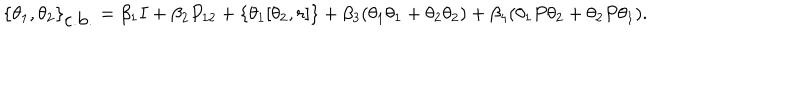
\{ \theta _ { 1 } , \theta _ { 2 } \} _ { \mathrm { c . b . } } = \beta _ { 1 } I + \beta _ { 2 } P _ { 1 2 } + \left\{ \theta _ { 1 } [ \theta _ { 2 } , r ] \right\} + \beta _ { 3 } ( \theta _ { 1 } \theta _ { 1 } + \theta _ { 2 } \theta _ { 2 } ) + \beta _ { 4 } ( \theta _ { 1 } P \theta _ { 2 } + \theta _ { 2 } P \theta _ { 1 } ) .